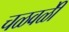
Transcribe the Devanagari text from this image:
चळवळीे